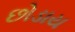
છોડાય